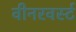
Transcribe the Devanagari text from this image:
वीनरवर्स्ट